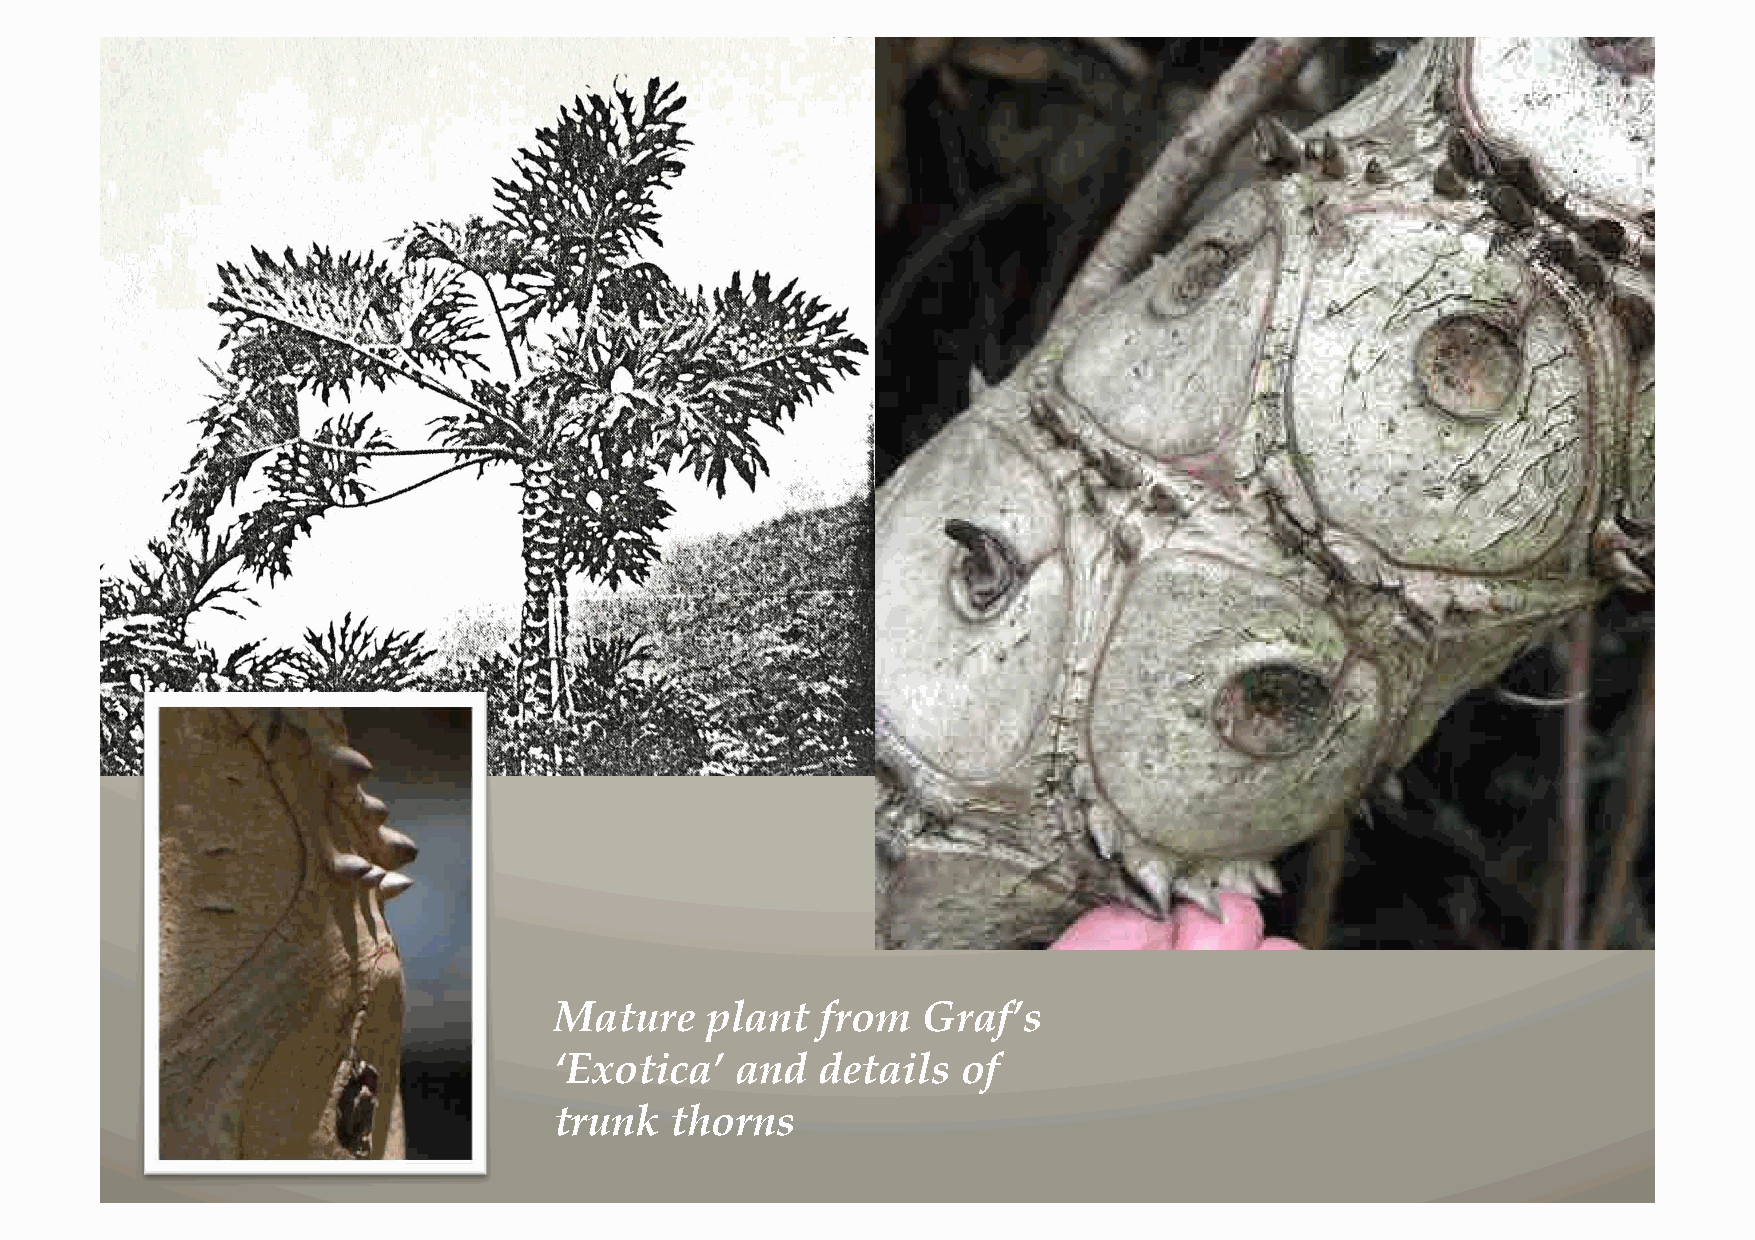
Mature    plant  from   Graf’s
 ‘Exotica’   and  details   of
 trunk  thorns